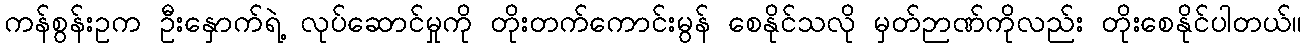
ကန်စွန်းဥက ဦးနှောက်ရဲ့ လုပ်ဆောင်မှုကို တိုးတက်ကောင်းမွန် စေနိုင်သလို မှတ်ဉာဏ်ကိုလည်း တိုးစေနိုင်ပါတယ်။